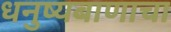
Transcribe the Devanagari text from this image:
धनुष्यबाणाचा